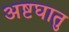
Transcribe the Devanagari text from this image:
अष्टघातु